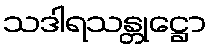
သဒါရသန္တုဋ္ဌော